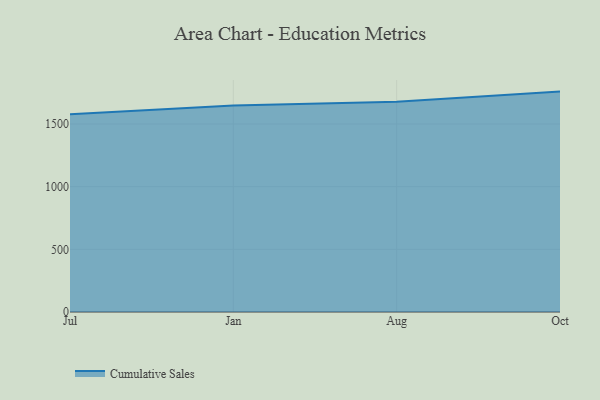
{"axis": {"x": "Month", "y": "Page Views"}, "legend": ["Cumulative Sales"], "data": [{"x": "Jul", "y": 1576.7, "type": "Cumulative Sales"}, {"x": "Jan", "y": 1647.0, "type": "Cumulative Sales"}, {"x": "Aug", "y": 1677.1, "type": "Cumulative Sales"}, {"x": "Oct", "y": 1758.0, "type": "Cumulative Sales"}]}